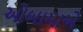
ઓબામાએ